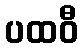
ပထဝီ